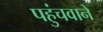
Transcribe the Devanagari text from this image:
पहुंचवाने